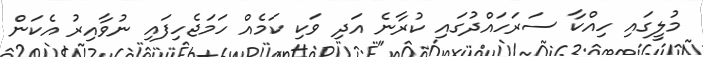
މުލީގައި ހިއްކާ ސަރަހައްދުގައި ކުރާނެ އަދި ވަކި ކަމެއް ހަމަޖެހިފައި ނުވާއިރު އެކަން